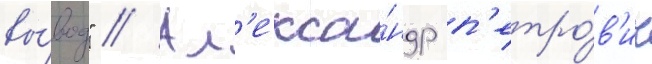
вы́вод" // Ал'екса́ндр п'етро́в'ич